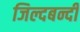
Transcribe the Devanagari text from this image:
जिल्दबन्दी